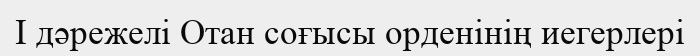
I дәрежелі Отан соғысы орденінің иегерлері